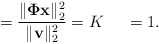
\begin{align*} = \frac{\| \mathbf{\Phi} \mathbf{x} \|_2^2}{\| \mathbf{v} \|_2^2} = K ~~~~ {} = 1.\end{align*}